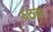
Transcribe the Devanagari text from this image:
६ठवां